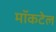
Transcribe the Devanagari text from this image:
मॉकटेल